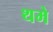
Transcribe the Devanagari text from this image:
थमे